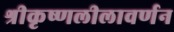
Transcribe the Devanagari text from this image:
श्रीकृष्णलीलावर्णन